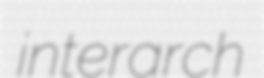
interarch